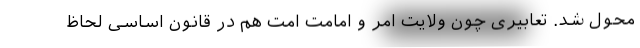
محول شد. تعابیری چون ولایت امر و امامت امت هم در قانون اساسی لحاظ